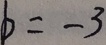
b = - 3